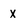
Character: X